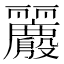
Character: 𱍪